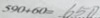
5 9 0 + 6 0 = 6 5 0